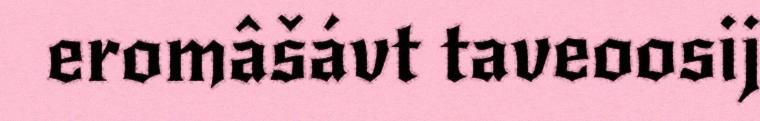
eromâšávt taveoosij